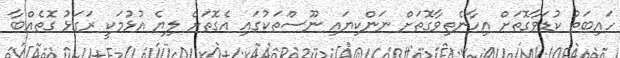
ހައިބަތު ކުޑަވާގޮތަށް އިހާނެތިވާގޮތަށް ނަންކިޔައި ނޫސްަތަކުގައި އެގޮތަށް ލިޔެ އުޅުމަކީ ރަގަޅު ގޮތެއްބާ